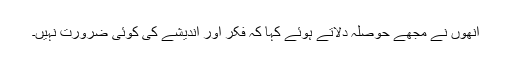
انھوں نے مجھے حوصلہ دلاتے ہوئے کہا کہ فکر اور اندیشے کی کوئی ضرورت نہیں۔